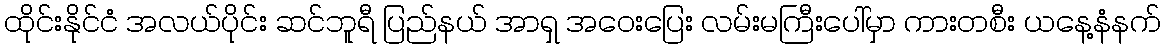
ထိုင်းနိုင်ငံ အလယ်ပိုင်း ဆင်ဘူရီ ပြည်နယ် အာရှ အဝေးပြေး လမ်းမကြီးပေါ်မှာ ကားတစီး ယနေ့နံနက်